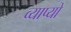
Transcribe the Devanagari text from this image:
व्याप्यो